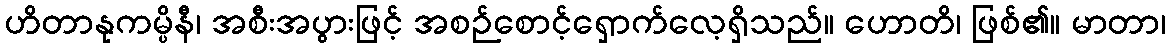
ဟိတာနုကမ္ပိနီ၊ အစီးအပွားဖြင့် အစဉ်စောင့်ရှောက်လေ့ရှိသည်။ ဟောတိ၊ ဖြစ်၏။ မာတာ၊